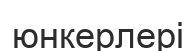
юнкерлері